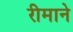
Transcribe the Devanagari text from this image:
रीमाने